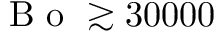
\mathrm { ~ B ~ o ~ } \gtrsim 3 0 0 0 0